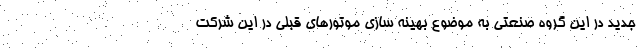
جدید در این گروه صنعتی به موضوع بهینه سازی موتورهای قبلی در این شرکت